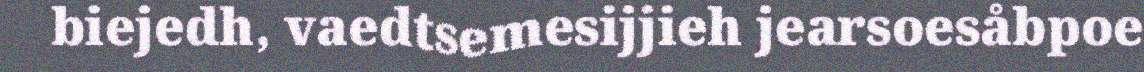
biejedh, vaedtsemesijjieh jearsoesåbpoe